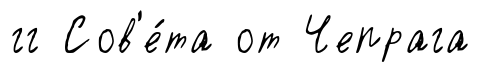
гг Сов'е́та от Чепрага